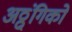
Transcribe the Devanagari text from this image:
अठ्ठ्ंगिको